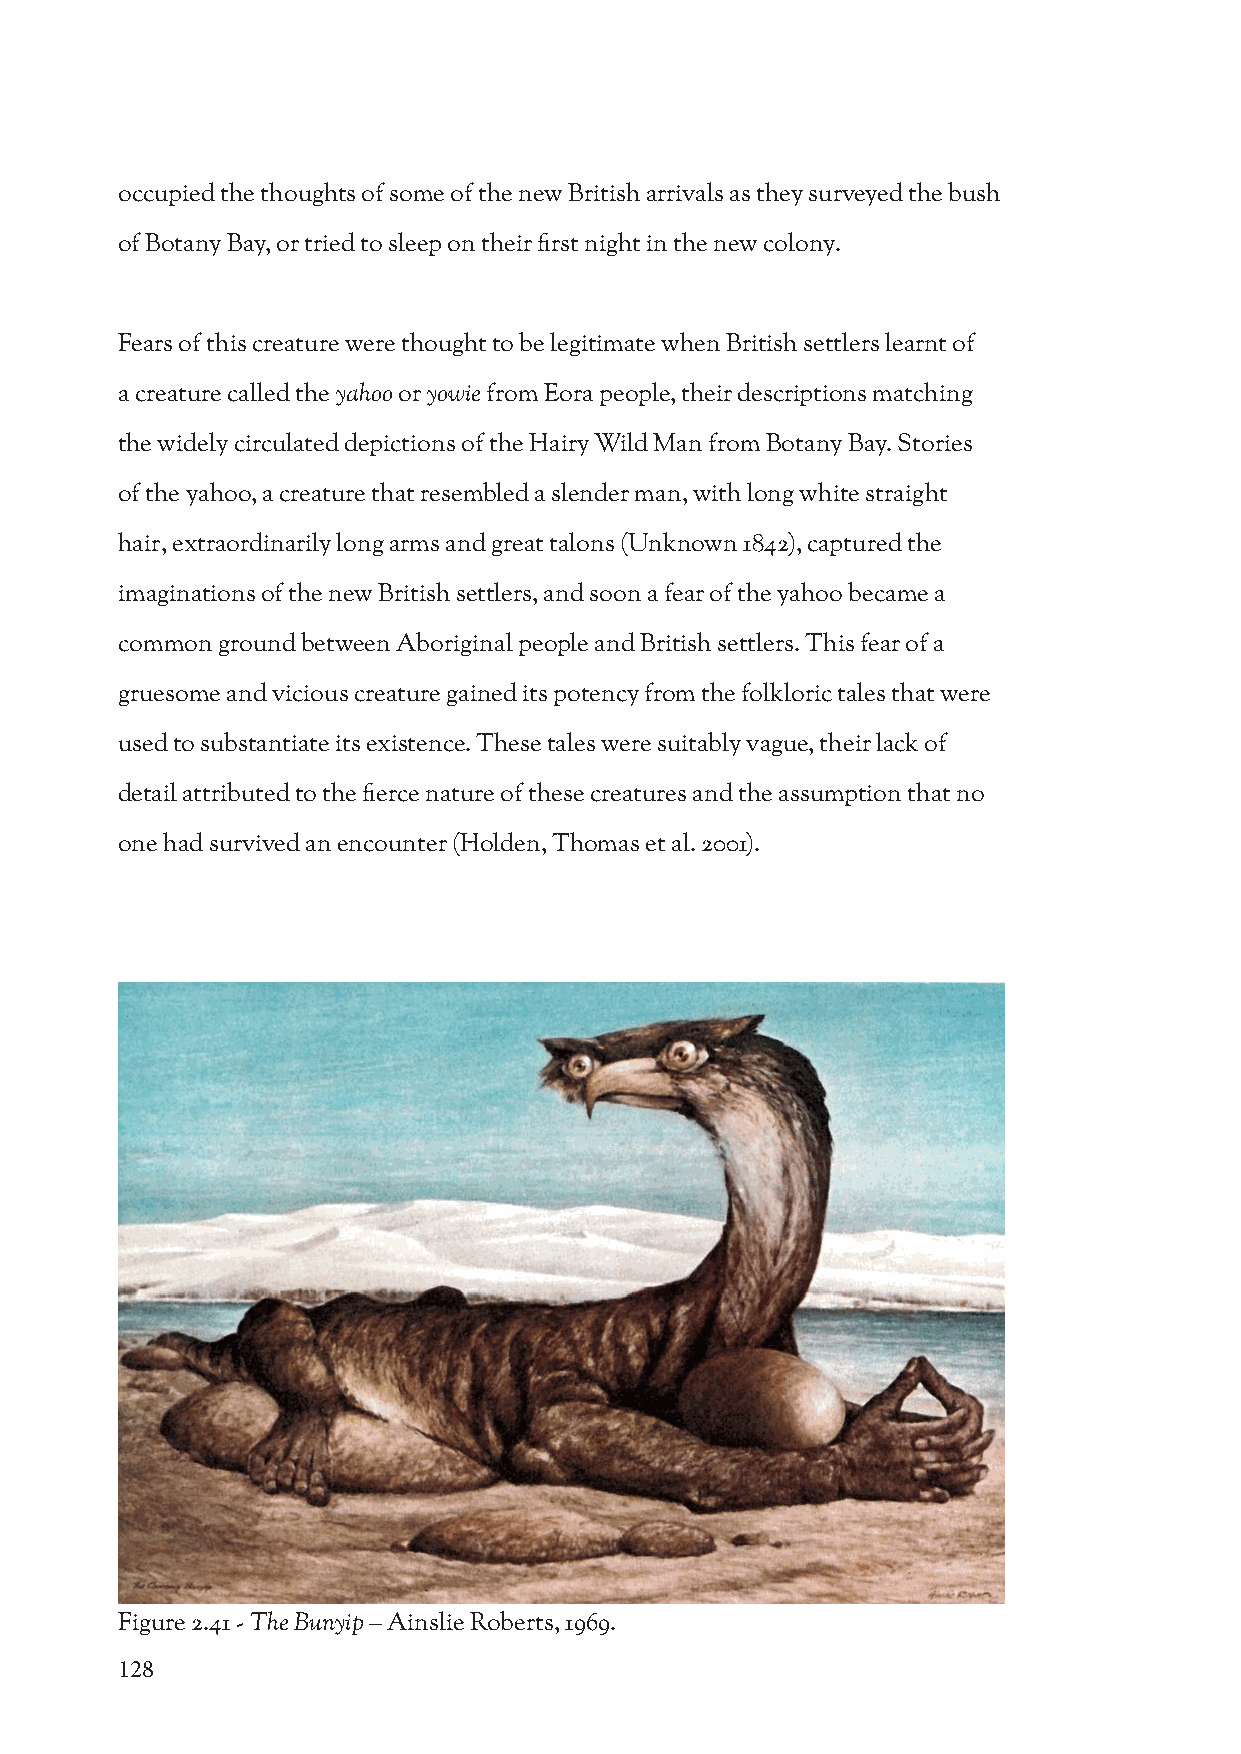
occupied the thoughts of some of the new British arrivals as they surveyed the bush
 of Botany Bay, or tried to sleep on their first night in the new colony.
 Fears of this creature were thought to be legitimate when British settlers learnt of
 a creature called the yahoo or yowie from Eora people, their descriptions matching
 the widely circulated depictions of the Hairy Wild Man from Botany Bay. Stories
 of the yahoo, a creature that resembled a slender man, with long white straight
 hair, extraordinarily long arms and great talons (Unknown 1842), captured the
 imaginations of the new British settlers, and soon a fear of the yahoo became a
 common ground between Aboriginal people and British settlers. This fear of a
 gruesome and vicious creature gained its potency from the folkloric tales that were
 used to substantiate its existence. These tales were suitably vague, their lack of
 detail attributed to the fierce nature of these creatures and the assumption that no
 one had survived an encounter (Holden, Thomas et al. 2001).
 Figure 2.41 - The Bunyip – Ainslie Roberts, 1969.
 128